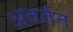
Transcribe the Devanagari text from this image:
अवर्तन